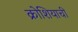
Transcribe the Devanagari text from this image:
क्रोशियाची